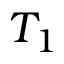
T _ { 1 }